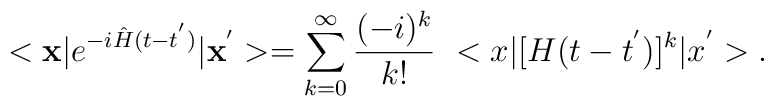
<{\bf x}\vert e^{-i {\hat H} (t-t^{'})}\vert {\bf x}^{'}>= \sum_{k=0}^{\infty} \frac{(-i)^k}{k!}\,\, <x\vert  [H (t-t^{'})]^k \vert x^{'}>.